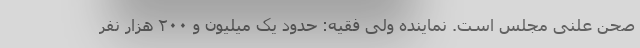
صحن علنی مجلس است. نماینده ولی فقیه: حدود یک میلیون و ۲۰۰ هزار نفر